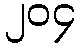
၂၀၄